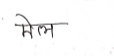
मजकूर: मेल